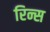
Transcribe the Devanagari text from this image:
रिन्स